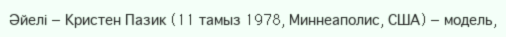
Әйелі — Кристен Пазик (11 тамыз 1978, Миннеаполис, США) — модель,